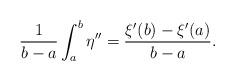
LaTeX: \begin{align*}\frac{1}{b-a}\int_{a}^{b}\eta''=\frac{\xi'(b)-\xi'(a)}{b-a}.\end{align*}